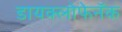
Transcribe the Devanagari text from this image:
डायक्लोफेनॅक